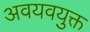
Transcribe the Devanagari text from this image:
अवयवयुक्त